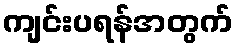
ကျင်းပရန်အတွက်